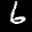
Label: 6